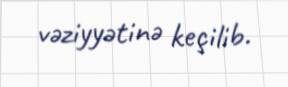
vəziyyətinə keçilib.